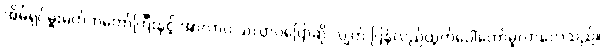
အိမ်ရှင်မှူးမတ်ကတော်ကြီးနှင့် အာလာပ သလ္လာပပြောဆို လျက် ပြန်လည်ထွက်ပေါ်တော်မူလာလေသည်။